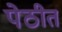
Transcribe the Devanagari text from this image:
पेठीत